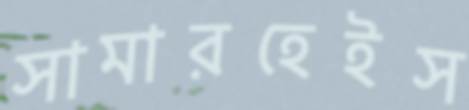
সামারহেইস